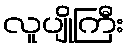
လူပျိုကြီး